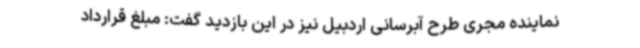
نماینده مجری طرح آبرسانی اردبیل نیز در این بازدید گفت: مبلغ قرارداد